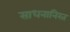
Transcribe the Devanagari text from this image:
साधनानिरत